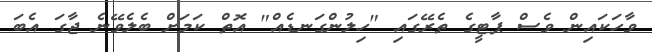
ވާހަކައިން ވެސް ޕާޓީގެ ތެރޭގައި "ހިލުންގަނޑެއް" އޮތް ކަމަށް ބެލެވޭނެ ޖާގަ އެބަ